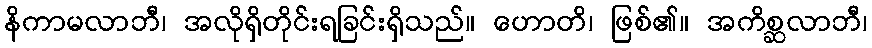
နိကာမလာဘီ၊ အလိုရှိတိုင်းရခြင်းရှိသည်။ ဟောတိ၊ ဖြစ်၏။ အကိစ္ဆလာဘီ၊